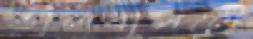
ভালবাসলে